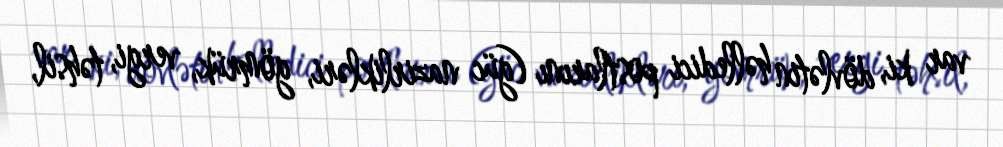
var ki, dövlətin həlledici postlarını (güc nazirlikləri, gömrük, vergi, təhsil,